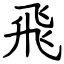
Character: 飛